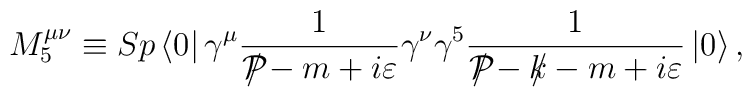
M_5^{\mu \nu}\equiv Sp\left\langle 0\right| \gamma ^{\mu }\frac{1}{{\cal P}\!\!\!\!/-m+i\varepsilon }\gamma ^{\nu }\gamma ^{5}\frac{1}{{\cal P}\!\!\!\!/-k\!\!\!/-m+i\varepsilon }\left| 0\right\rangle ,